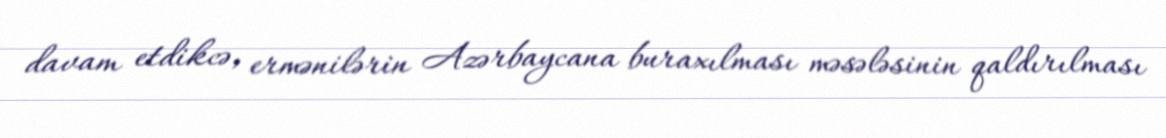
davam etdikcə, ermənilərin Azərbaycana buraxılması məsələsinin qaldırılması